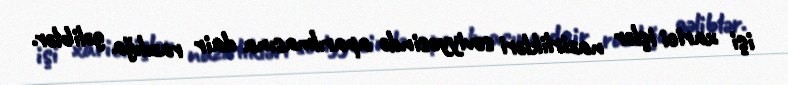
işi xarici işlər nazirlikləri səviyyəsində aparılmasına dair razılığa gəliblər.